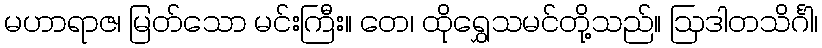
မဟာရာဇ၊ မြတ်သော မင်းကြီး။ တေ၊ ထိုရွှေသမင်တို့သည်။ ဩဒါတသိင်္ဂါ၊